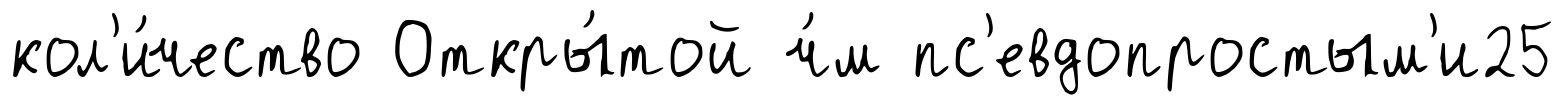
кол'и́чество Откры́той ч́м пс'евдопростым'и25